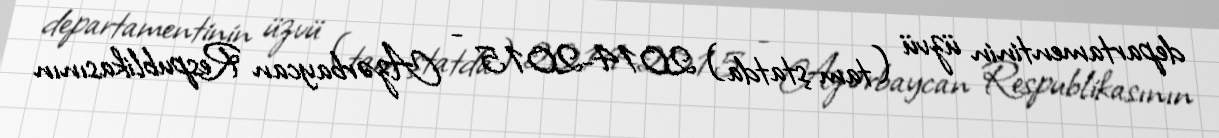
departamentinin üzvü (tam ştatda) 2014-2015 - Azərbaycan Respublikasının